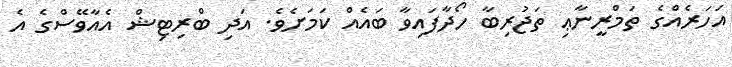
އަހަރެއްގެ ތަމްރީނާޢި ތަޖުރިބާ ހޯދާފައިވާ ބައެއް ކަމަށެވެ. އަދި ބްރިޓިޝް އެއާވޭސްގެ އެ